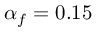
\alpha _ { f } = 0 . 1 5